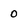
Character: 0